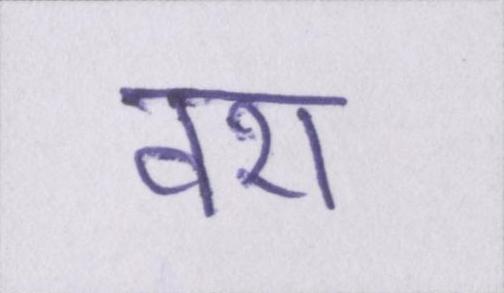
वश